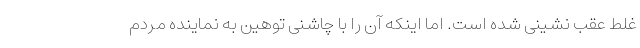
غلط عقب نشینی شده است. اما اینکه آن را با چاشنی توهین به نماینده مردم